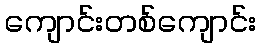
ကျောင်းတစ်ကျောင်း